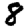
Digit: 8